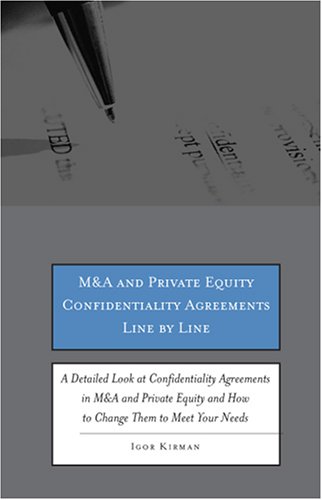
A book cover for M&A and Private Equity Confidentiality Agreements Line by Line: A Detailed Look at Confidentiality Agreements in M&A and Private Equity and How to Change Them to Meet Your Needs; Igor Kirman; Law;